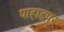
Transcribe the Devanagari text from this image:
पाहाड़पुर